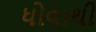
ધોવાથી